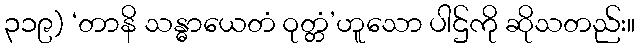
၃၁၉) ‘တာနိ သန္ဓာယေတံ ဝုတ္တံ’ဟူသော ပါဌ်ကို ဆိုသတည်း။